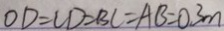
O D = C D = B C = A B = 0 . 3 m